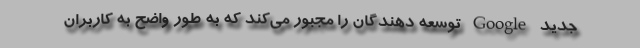
جدید Google توسعه دهندگان را مجبور می‌کند که به طور واضح به کاربران